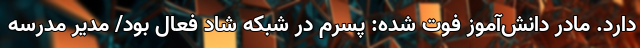
دارد. مادر دانش‌آموز فوت شده: پسرم در شبکه شاد فعال بود/ مدیر مدرسه